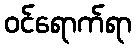
ဝင်ရောက်ရာ